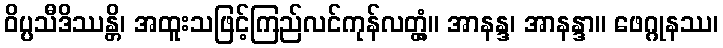
ဝိပ္ပသီဒိဿန္တိ၊ အထူးသဖြင့်ကြည်လင်ကုန်လတ္တံ့။ အာနန္ဒ၊ အာနန္ဒာ။ ဖေဂ္ဂုနဿ၊